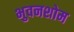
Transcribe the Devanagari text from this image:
भुवनशोम